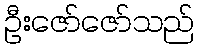
ဦးဇော်ဇော်သည်